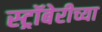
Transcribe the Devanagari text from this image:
स्ट्रॉबेरीच्या